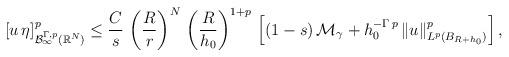
LaTeX: \begin{align*}[u\,\eta]^p_{\mathcal{B}^{\Gamma,p}_\infty(\mathbb{R}^N)}&\le \frac{C}{s}\,\left(\frac{R}{r}\right)^N\,\left(\frac{R}{h_0}\right)^{1+p}\,\left[(1-s)\,\mathcal{M}_\gamma+h_0^{-\Gamma\,p}\,\|u\|^p_{L^p(B_{R+h_0})}\right],\end{align*}